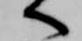
へ